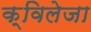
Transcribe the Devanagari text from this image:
क्विलेजा